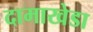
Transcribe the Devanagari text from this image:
दामाखेडा